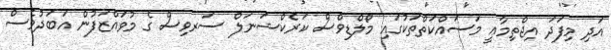
އަދި މިފަދަ އިޖްތިމާޢީ މަސައްކަތްތަކުގައި މޯލްޑިވްސް ކަރެކްޝަނަލް ސަރވިސް ގެ މުވައްޒަފުން އަބަދުވެސް